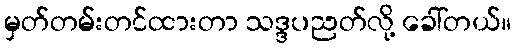
မှတ်တမ်းတင်ထားတာ သဒ္ဒပညတ်လို့ ခေါ်တယ်။